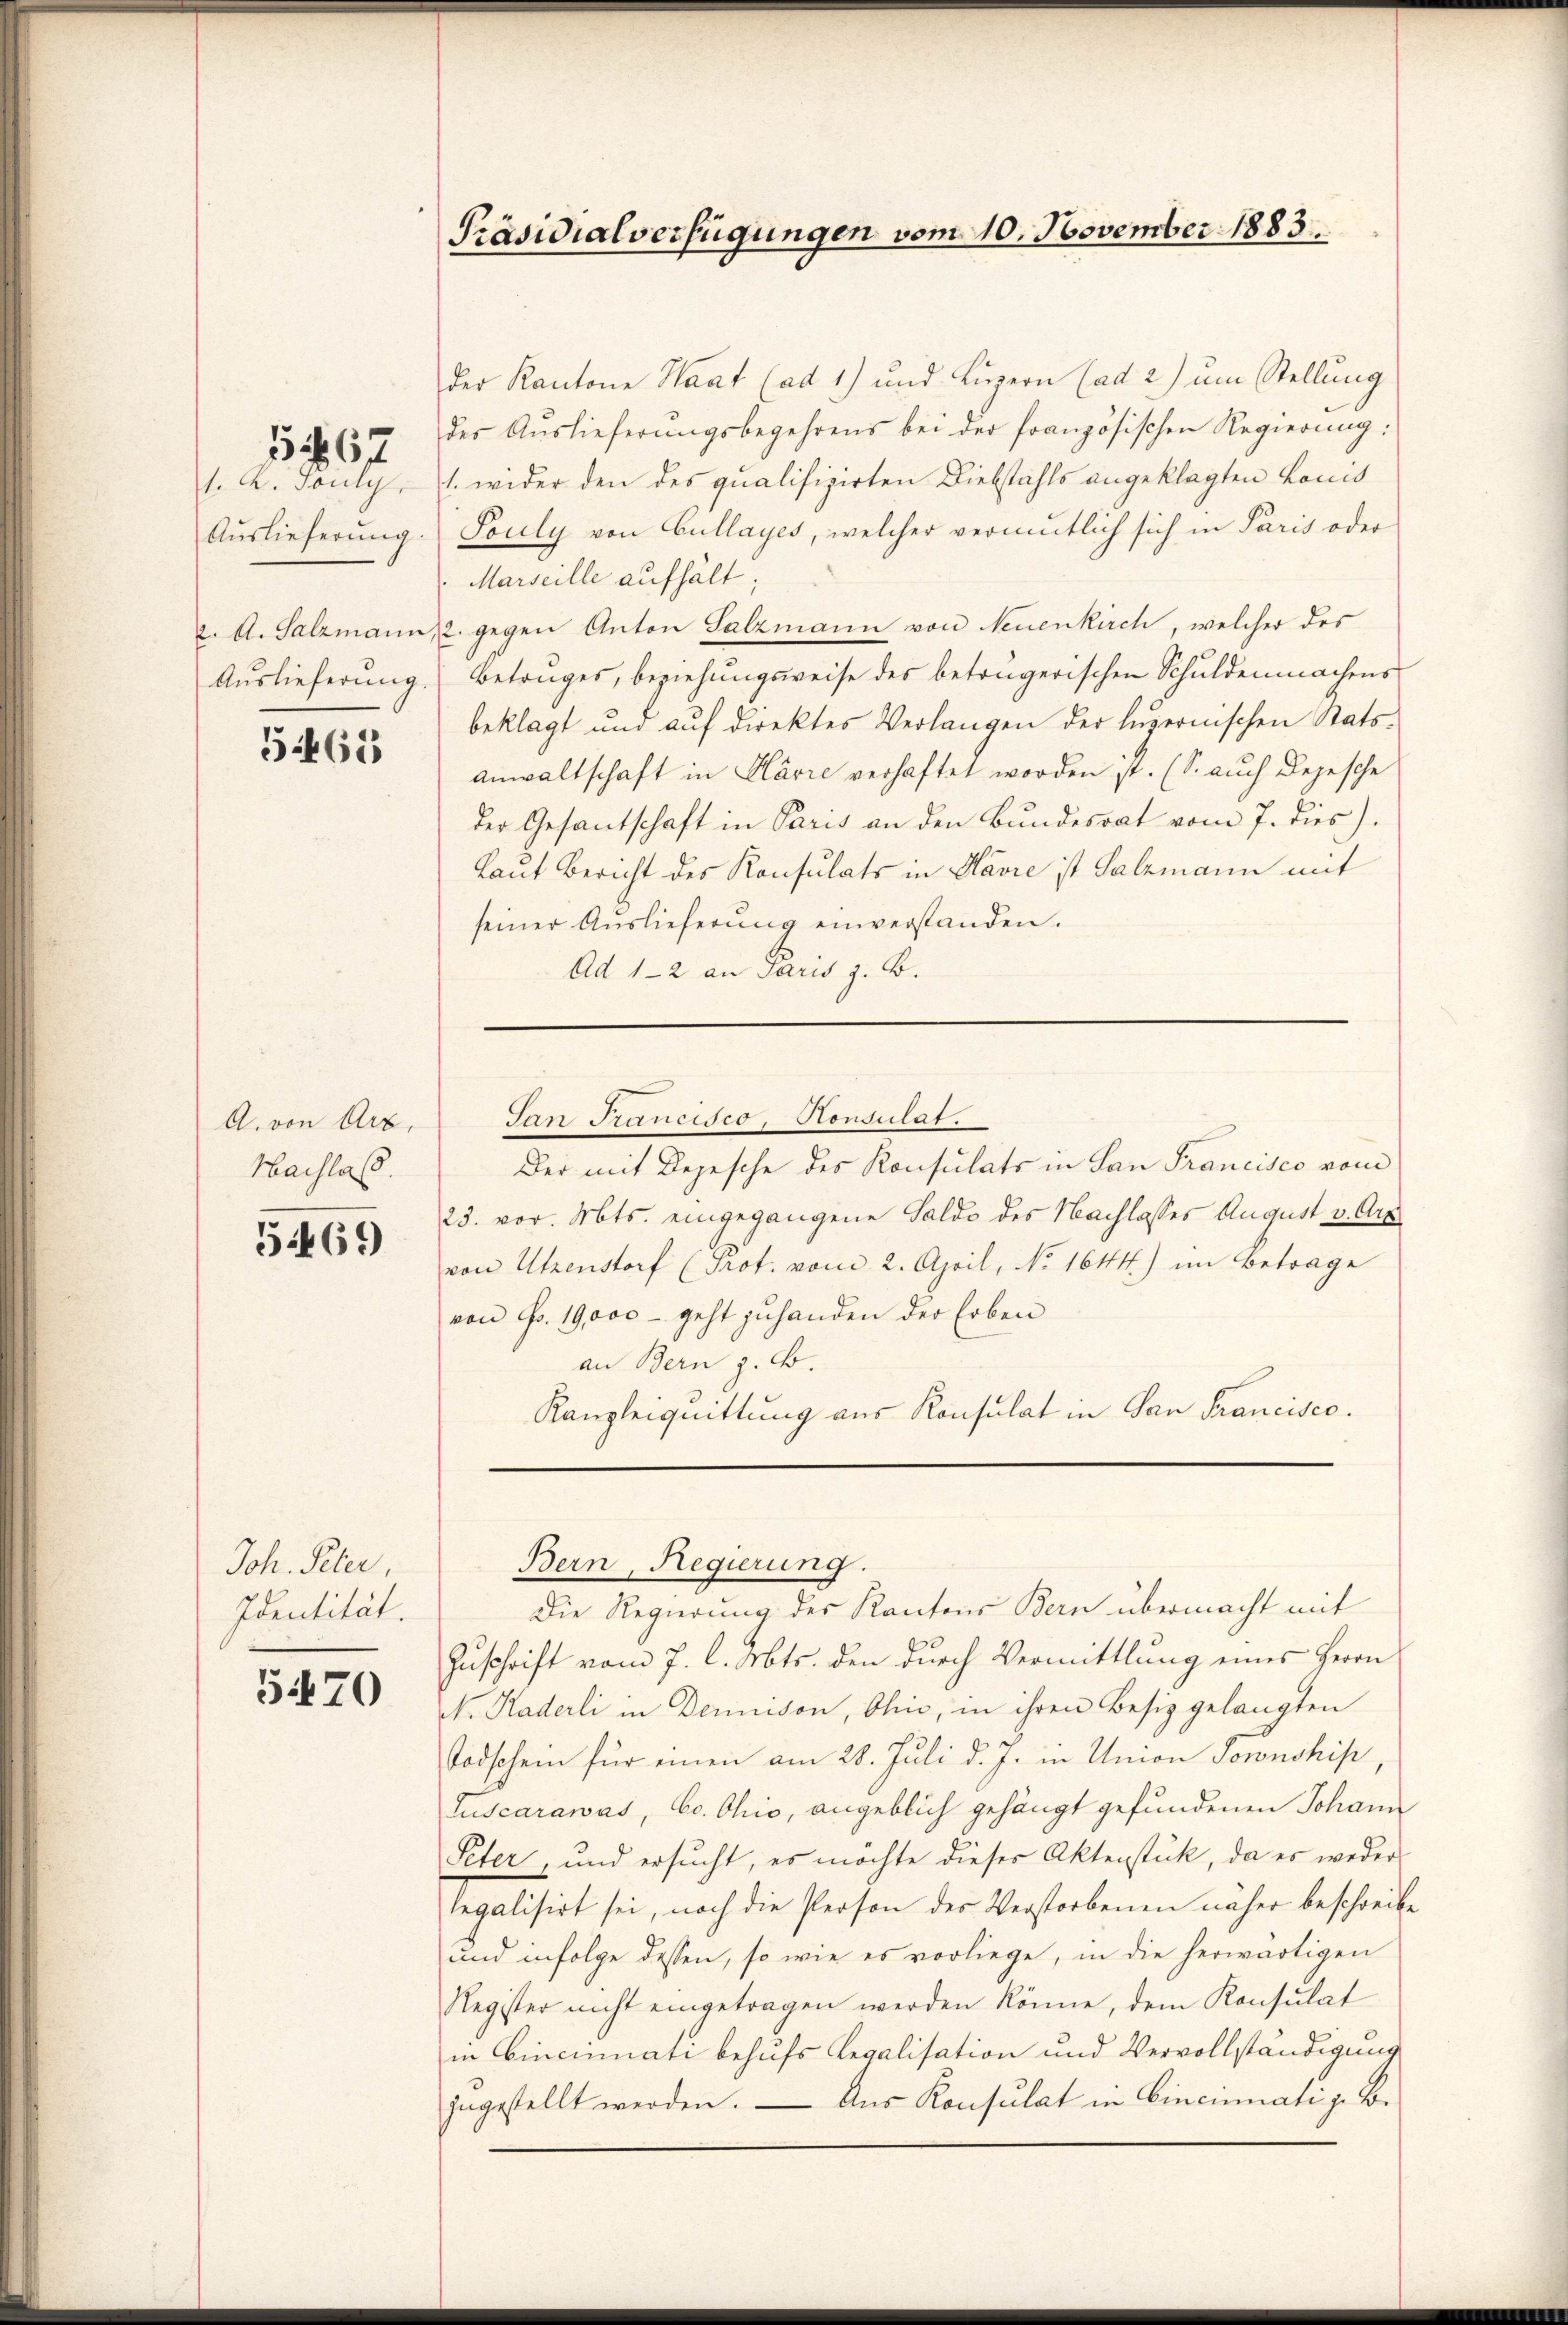
567

1. K. Pauly,
Auslieferung.
2. A. Salzmann
Auslieferung

5465

A. von Arz
Hachlaß.

5469

Joh. Peter,
Identität.

5470

Präsidialverfügungen vom 10. November 1883.

der Kantone Haat (ad 1) und Luzern (ad 2) um Stellung
des Auslieferungsbegehrens bei der französischen Regierung:
1. wider den des qualifizirten Diebstahls angeklagten Lonis
Souly von Cullayes, welcher vermutlich sich in Paris oder
Marseille aufhält.
22. gegen Anton Salzmann von Neuenkirch, welcher des
Betruges, beziehungsweise des betrügerischen Schuldenmachens
beklagt und auf direktes Verlangen der luzernischen Stats-
anwaltschaft in Clarre verhaftet worden ist. (S. auch Depesche
der Gesantschaft in Paris an den Bundesrat vom 7. dies).
Laut Bericht des Konsulats in Havre ist Salzmann mit
seiner Auslieferung einverstanden.
Ad 1-2 an Paris z. B.

San Francisco, Konsulat.

Bern, Regierung.

Der mit Depesche des Konsulats in San Francisco vom
23. vor. Mts. eingegangene Saldo des Nachlasses August v. Arz
von Utzenstorf (Prot. vom 2. April, No 1644) im Betrage
von Fr. 19,000 - geht zuhanden der Erben
an Bern z. B.
Kanzleiquittung aus Konsulat in San Francisco.

Die Regierung des Kantons Bern übermacht mit
Zuschrift vom 7. l. Mts. den durch Vermittlung eines Herrn
N. Kaderli in Denison, Ohio, in ihren Besiz gelangten
Todschein für einen am 28. Juli d. J. in Union Jownship
Juscarawas, Co. Ohio, angeblich gehängt gefundenen Johann
Peter, und ersucht, es möchte dieses Aktenstück, da es weder
Regalisirt sei, noch die Person der Verstorbenen näher beschreibe
und infolge dessen, so wie es vorliege, in die herwärtigen
Register nicht eingetragen werden könne, dem Konsulat
in Cincinati behufs Legalisation und Vervollständigung
zugestellt werden. — Aus Konsulat in Cincumati z. B.